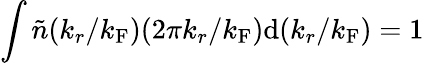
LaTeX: \int\tilde{n}(k_{r}/k_{\mathrm{F}})(2\pi k_{r}/k_{\mathrm{F}})\mathrm{d}(k_{r}/k_{\mathrm{F}})=1